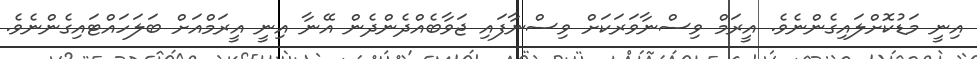
އިނީ މަޑުކޮށްލައިގެންނެވެ. އީރަމް ވިސްނާވަރަކަށް ވިސްނާފައި ޖަވާބެއްދެންދެން އޭނާ އިނީ އީރަމްއަށް ބަލަހައްޓައިގެންނެވެ.